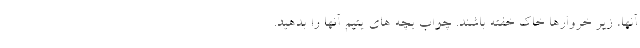
آنها، زیر خروارها خاک خفته باشند. چواب بچه های یتیم آنها را بدهید.